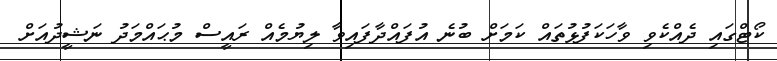
ކޯޓްގައި ދެއްކެވި ވާހަކަފުޅުތައް ކަމަށް ބުނެ އުފައްދާފައިވާ ލިޔުމެއް ރައީސް މުޙައްމަދު ނަޝީދުއަށް